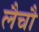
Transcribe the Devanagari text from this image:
लैचौ